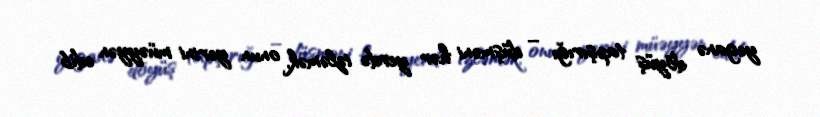
yeganə döyüş tapşırığı – düşməni hər yerdə izləmək, onun yerini müəyyən edib